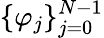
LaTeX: \{ \varphi_{j}\} _{j=0}^{N-1}